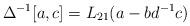
LaTeX: \begin{align*}\Delta^{-1}[a,c]=L_{21}(a-bd^{-1}c) \end{align*}